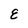
Character: E